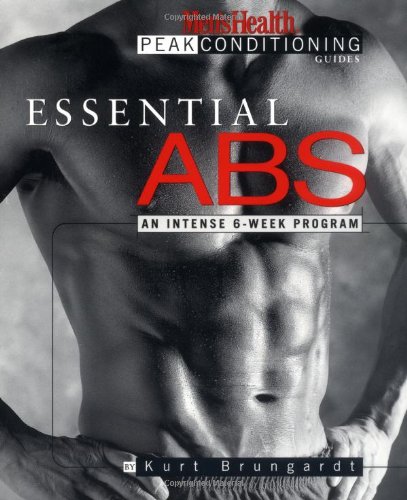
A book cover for Essential Abs: An Intense 6-Week Program (Men's Health Peak Conditioning Guides); Kurt Brungardt; Health, Fitness & Dieting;